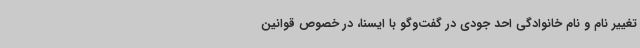
تغییر نام و نام خانوادگی احد جودی در گفت‌وگو با ایسنا، در خصوص قوانین